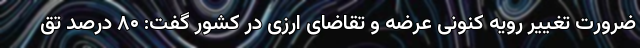
ضرورت تغییر رویه کنونی عرضه و تقاضای ارزی در کشور گفت: ۸۰ درصد تق